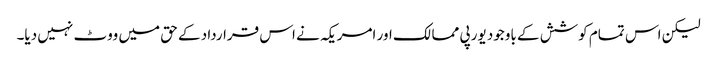
لیکن اس تمام کوشش کے باوجود یورپی ممالک اور امریکہ نے اس قرارداد کے حق میں ووٹ نہیں دیا۔